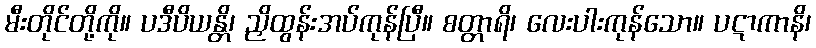
မီးတိုင်တို့ကို။ ပဒီပိယန္တိ၊ ညှိထွန်းအပ်ကုန်ပြီ။ စတ္တာရိ၊ လေးပါးကုန်သော။ ပဋာကာနိ၊